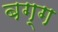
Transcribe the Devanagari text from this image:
बग्ग